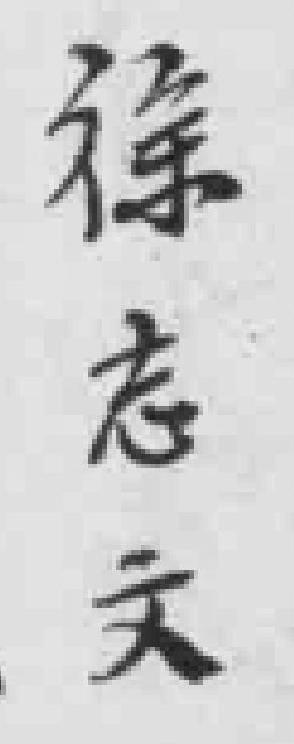
徐志文